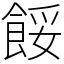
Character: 餒